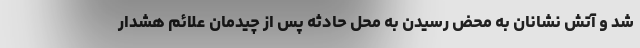
شد و آتش نشانان به محض رسیدن به محل حادثه پس از چیدمان علائم هشدار